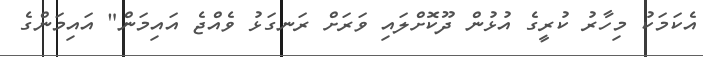
އެކަމަކު މިހާރު ކުރީގެ އުޅުން ދޫކޮށްލައި ވަރަށް ރަނގަޅު ވެއްޖެ އައިމަން" އައިމަންގެ